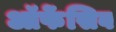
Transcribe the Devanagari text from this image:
ऑफेंसिव